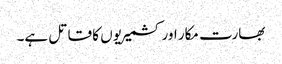
بھارت مکار اور کشمیریوں کا قاتل ہے۔